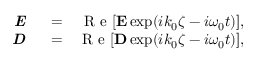
\begin{array} { r l r } { { \textbf { \em E } } } & { { } = } & { \mathrm { ~ R ~ e ~ } [ { \bf E } \exp ( i k _ { 0 } \zeta - i \omega _ { 0 } t ) ] , } \\ { { \textbf { \em D } } } & { { } = } & { \mathrm { ~ R ~ e ~ } [ { \bf D } \exp ( i k _ { 0 } \zeta - i \omega _ { 0 } t ) ] , } \end{array}